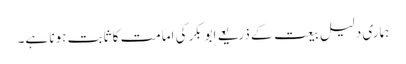
ہماری دلیل بیعت کے ذریعے ابوبکرکی امامت کا ثابت ہونا ہے۔